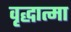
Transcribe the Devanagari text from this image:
वृद्धात्मा